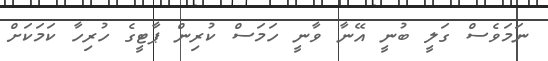
ނަމަވެސް ގަލީ ބުނީ އޭނާ ވާނީ ހަމަސް ކުރިން ޕާޓީގެ ހުރިހާ ކަމަކަށް